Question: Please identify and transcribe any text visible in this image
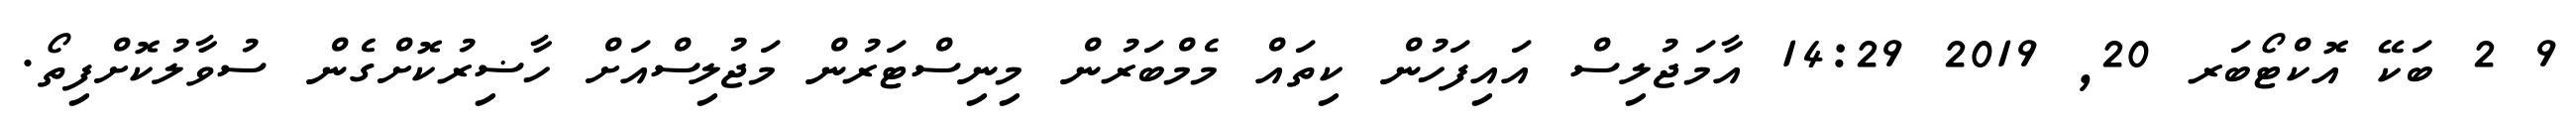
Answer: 9 2 ބަކޭ އޮކްޓޯބަރ 20, 2019 14:29 އާމަޖުލިސް އައިފަހުން ކިތައް މެމްބަރުން މިނިސްޓަރުން މަޖުލިސްއަށް ހާޟިރުކޮށްގެން ސުވާލުކޮށްފިތޯ.